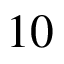
1 0